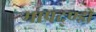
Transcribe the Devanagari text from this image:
मापद्ण्डों